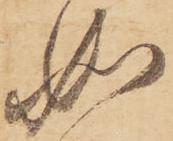
如